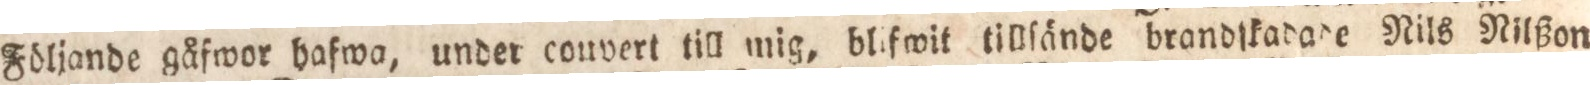
Följande gåfwor hafwa, under couvert till mig, blifwit tillſände brandſkadade Nils Nilßon